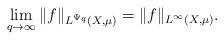
LaTeX: \begin{align*} \lim_{q\rightarrow\infty}\|f\|_{L^{\Psi_q}(X,\mu)}=\|f\|_{L^\infty(X,\mu)}.\end{align*}